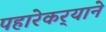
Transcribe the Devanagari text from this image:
पहारेकर्‍याने